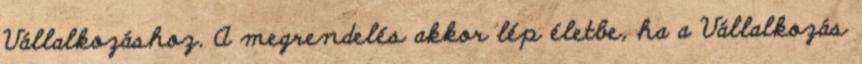
Vállalkozáshoz. A megrendelés akkor lép életbe, ha a Vállalkozás